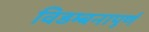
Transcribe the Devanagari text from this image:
विडम्बनापूर्ण